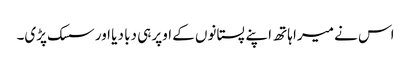
اس نے میرا ہاتھ اپنے پستانوں کے اوپر ہی دبا دیا اور سسک پڑی۔